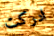
ادركت